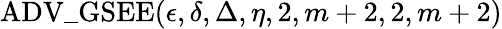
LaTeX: \mathrm{ADV\_ GSEE}(\epsilon,\delta,\Delta,\eta,2,m+2,2,m+2)